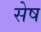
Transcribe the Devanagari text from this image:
सेष